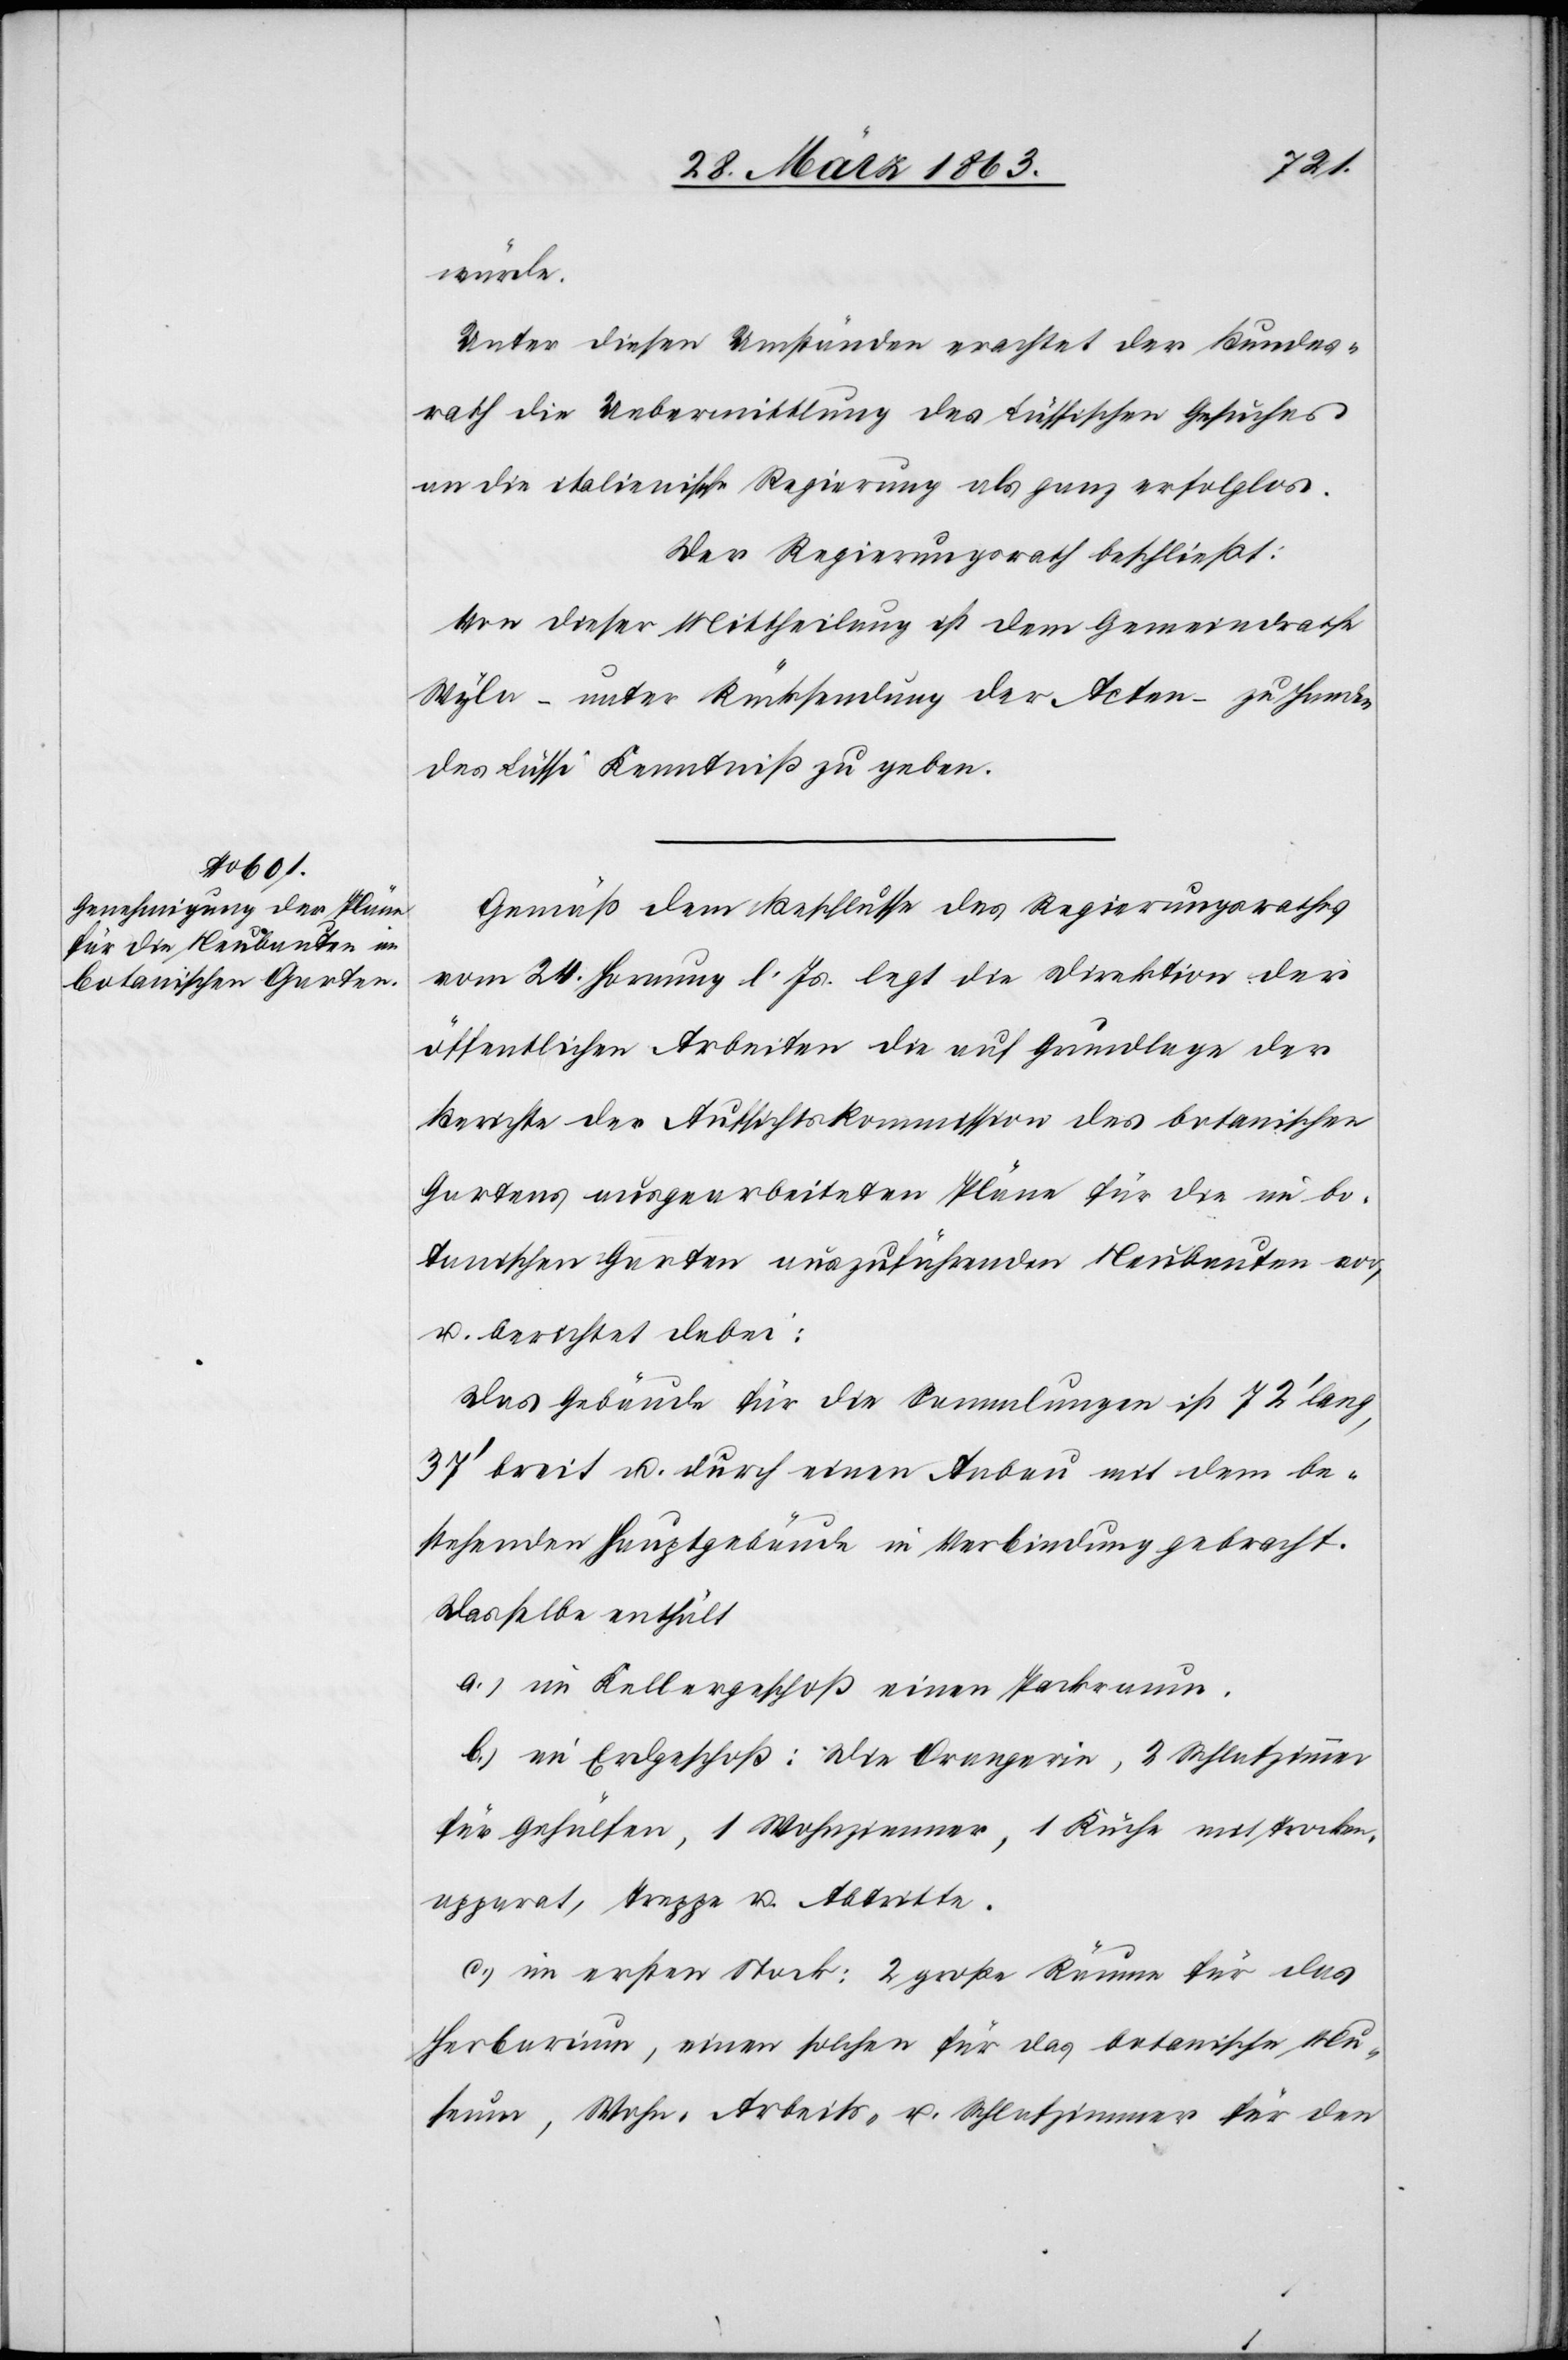
würde.
Unter diesen Umständen erachtet der Bundes¬
rath die Uebermittlung des Lüssischen Gesuches
an die italienische Regierung als ganz erfolglos.
Der Regierungsrath beschließt:
Von dieser Mittheilung ist dem Gemeindrathe
Wyla – unter Rücksendung der Acten – zu Handen
des Lüssi Kenntniß zu geben.
Gemäß dem Beschlusse des Regierungsrathes
vom 24. Hornung l. Js. legt die Direktion der
öffentlichen Arbeiten die auf Grundlage der
Berichte der Aufsichtskommission des botanischen
Gartens ausgearbeiteten Pläne für die im bo¬
tanischen Garten auszuführenden Neubauten vor,
u. berichtet dabei:
Das Gebäude für die Sammlungen ist 72' lang,
37' breit u. durch einen Anbau mit dem be¬
stehenden Hauptgebäude in Verbindung gebracht.
Dasselbe enthält
a.) im Kellergeschoß einen Packraum
b.) im Erdgeschoß: Die Orangerie, 2 Schlafzimmer
für Gehülfen, 1 Wohnzimmer, 1 Küche mit Trocken¬
apparat, Treppe u. Abtritte.
c.) im ersten Stock: 2 große Räume für das
Herbarium, einen solchen für das botanische Mu¬
seum, Wohn-[,] Arbeits- u. Schlafzimmer für den